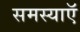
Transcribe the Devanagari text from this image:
समस्याऍ